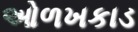
ઓળખકાડ